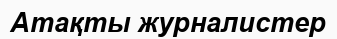
Атақты журналистер